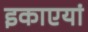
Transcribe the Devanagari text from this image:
इकाएयां